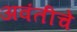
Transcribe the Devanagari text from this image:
अवंतीचे